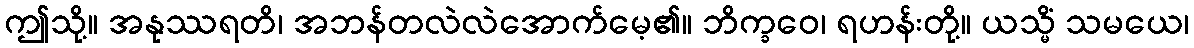
ဤသို့။ အနုဿရတိ၊ အဘန်တလဲလဲအောက်မေ့၏။ ဘိက္ခဝေ၊ ရဟန်းတို့။ ယသ္မိံ သမယေ၊